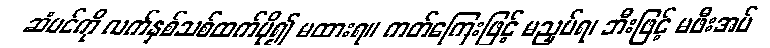
ဆံပင်ကို လက်နှစ်သစ်ထက်ပို၍ မထားရ။ ကတ်ကြေးဖြင့် မညှပ်ရ၊ ဘီးဖြင့် မဖီးအပ်